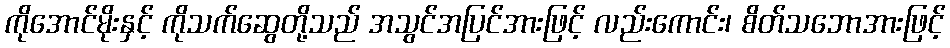
ကိုအောင်မိုးနှင့် ကိုသက်ဆွေတို့သည် အသွင်အပြင်အားဖြင့် လည်းကောင်း၊ စိတ်သဘောအားဖြင့်